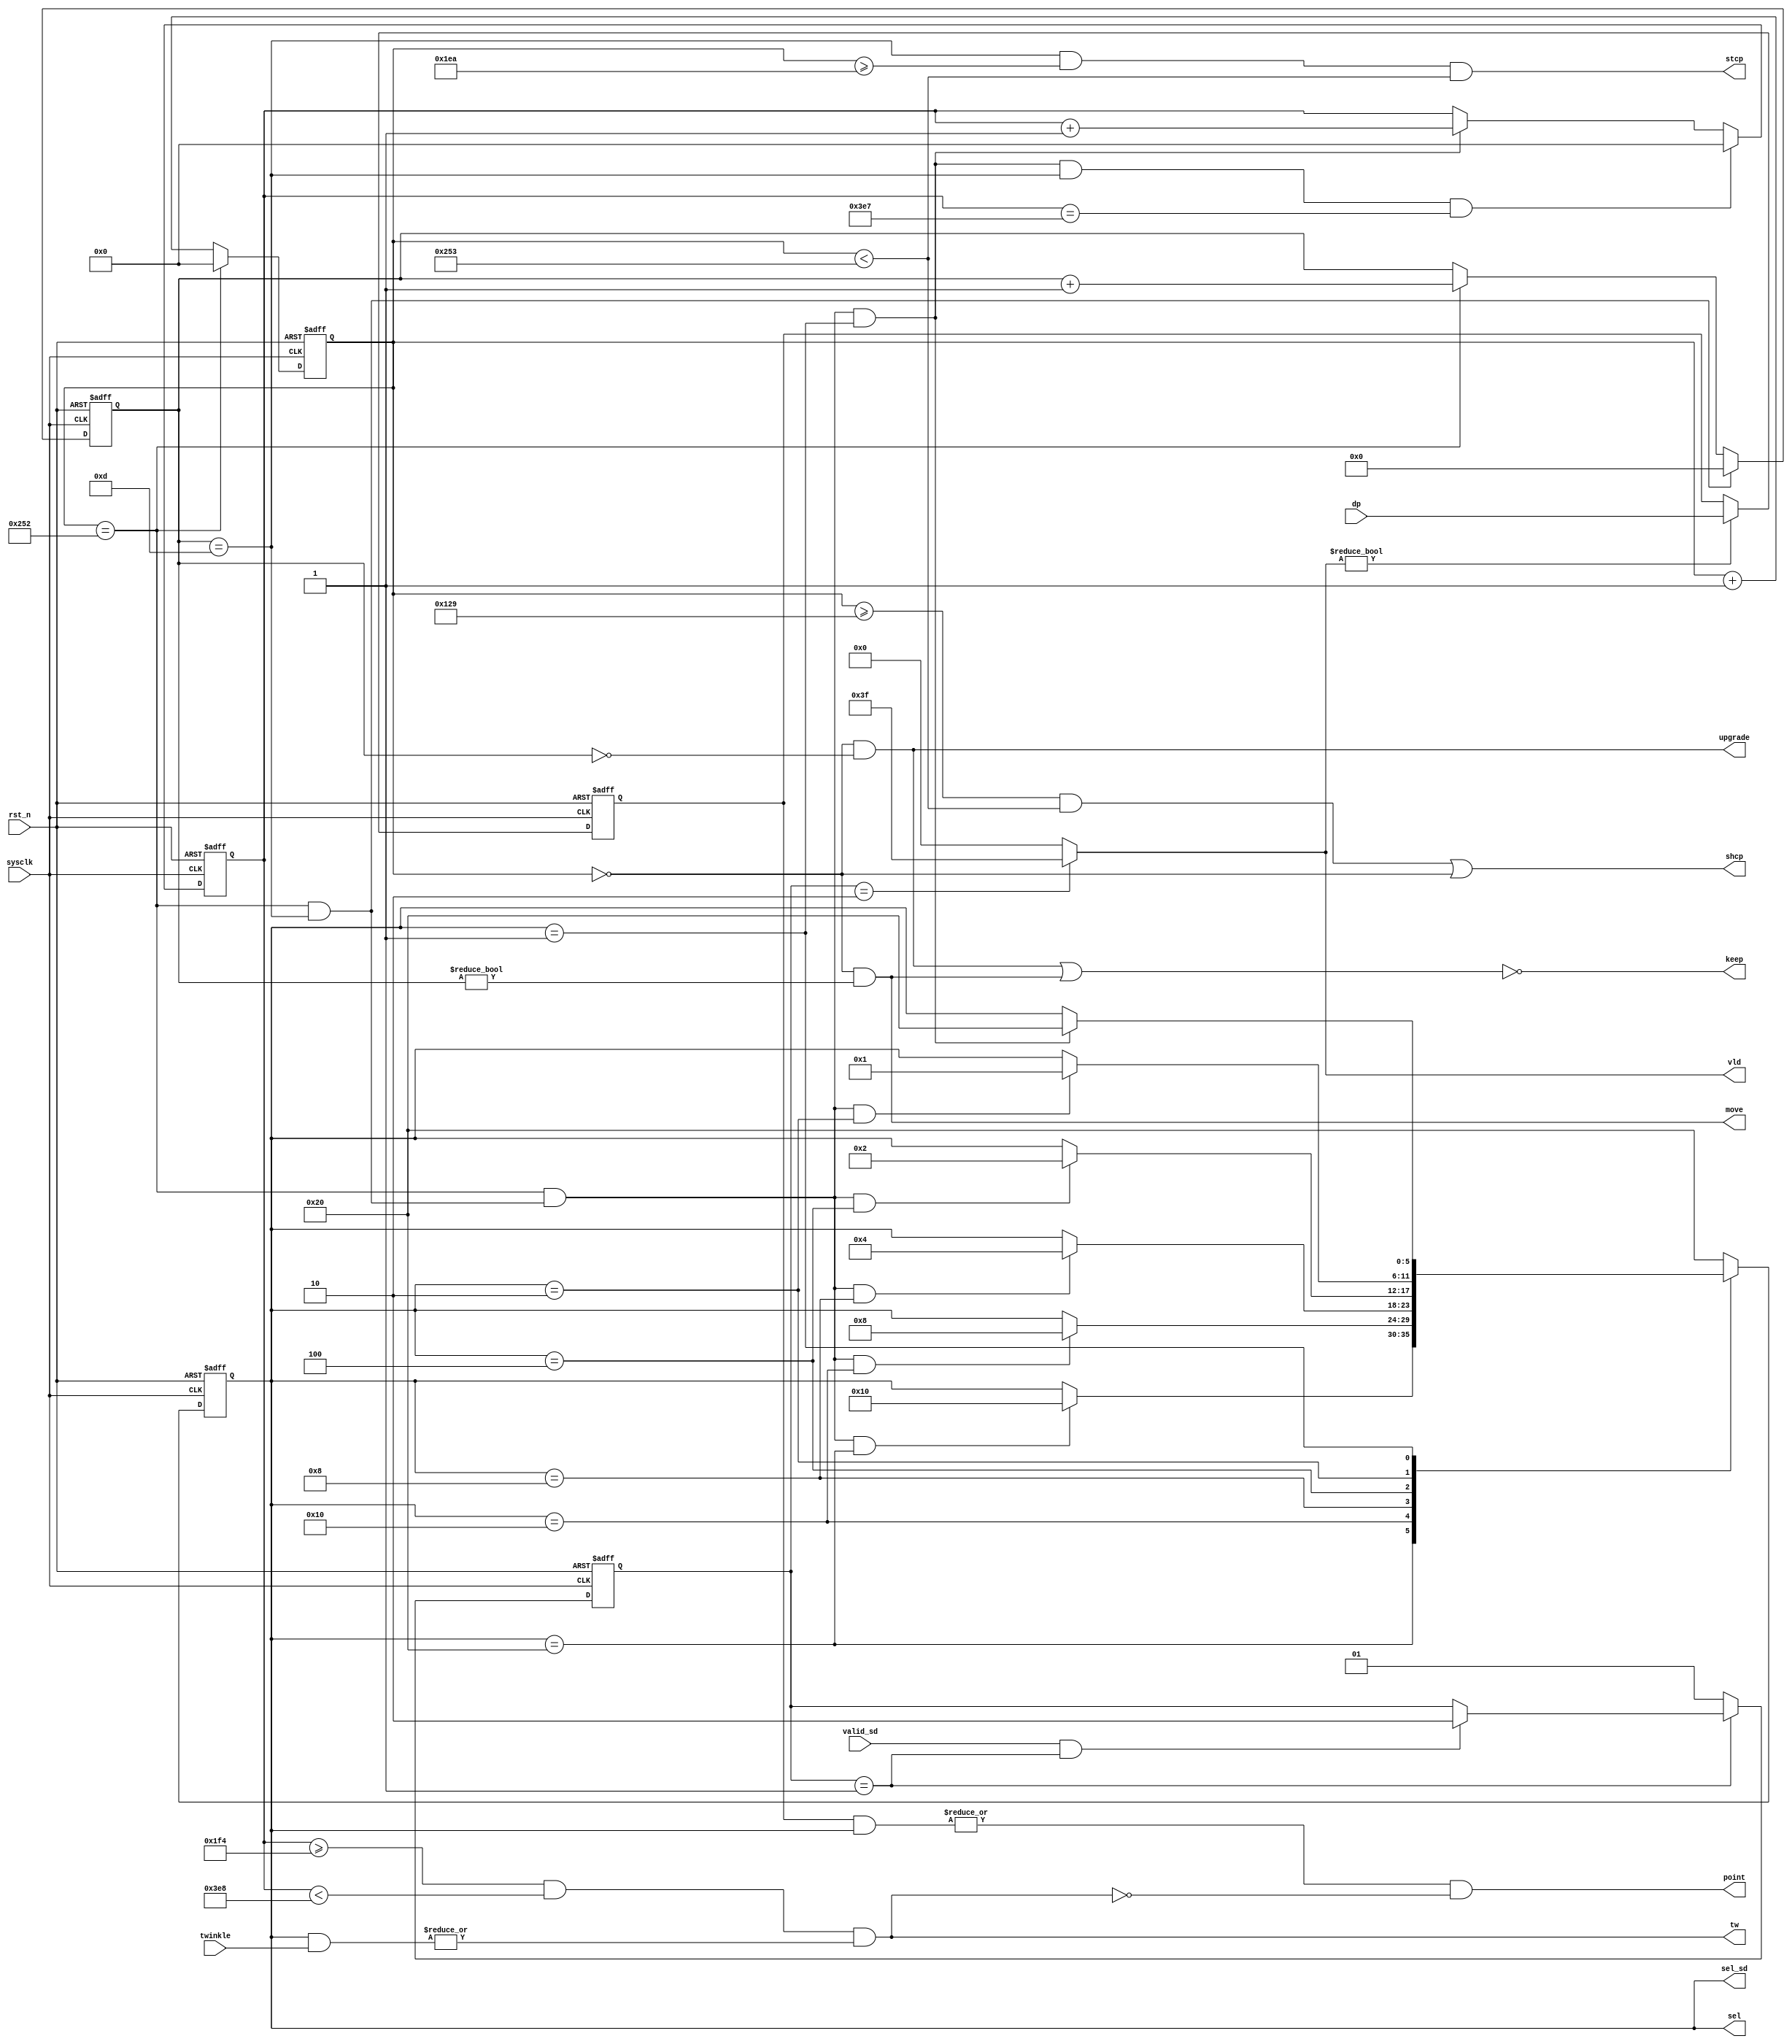
module ctrl_sd_itf(
	input	wire			valid_sd,
	input	wire	[5:0]	twinkle,

	output	wire			stcp,
	output	wire			shcp,
	input	wire	[5:0]	dp,

	output	wire	[5:0]	vld,
	output	wire			point,
	output	wire	[5:0]	sel,
	output	wire			tw,
	output	wire	[5:0]	sel_sd,
	output	wire			upgrade,
	output	wire			move,
	output	wire			keep,

	input	wire			sysclk,
	input	wire			rst_n
);
//-------------------------------------------------------------

	parameter DP6 = 6'b100_000;
	parameter DP5 = 6'b010_000;
	parameter DP4 = 6'b001_000;
	parameter DP3 = 6'b000_100;
	parameter DP2 = 6'b000_010;
	parameter DP1 = 6'b000_001;

	parameter IDLE = 2'b01;
	parameter UPDATA = 2'b10;

	reg		[5:0]	state1;
	reg		[5:0]	next_state1;

	reg		[1:0]	state2;
	reg		[1:0]	next_state2;	

	wire			DP6_to_DP5;
	wire			DP5_to_DP4;
	wire			DP4_to_DP3;
	wire			DP3_to_DP2;
	wire			DP2_to_DP1;
	wire			DP1_to_DP6;

	wire			IDLE_to_UPDATA;
	wire			UPDATA_to_IDLE;

	wire			cnt_595_vld;
	reg		[9:0]	cnt_595;
	wire			cnt_595_end;

	wire			cnt_14_vld;
	reg		[3:0]	cnt_14;
	wire			cnt_14_end;

	wire			cnt_1000_vld;
	reg		[9:0]	cnt_1000;
	wire			cnt_1000_end;
	
	always @ (posedge sysclk or negedge rst_n) begin
		if (~rst_n) begin
			state1 <= DP6;
		end
		else begin
			state1 <= next_state1;
		end
	end

	always @ (*) begin
		case (state1)
			DP6:
				if (DP6_to_DP5) begin
					next_state1 = DP5;
				end
				else begin
					next_state1 = state1;
				end
			DP5:
				if (DP5_to_DP4) begin
					next_state1 = DP4;
				end
				else begin
					next_state1 = state1;
				end
			DP4:
				if (DP4_to_DP3) begin
					next_state1 = DP3;
				end
				else begin
					next_state1 = state1;
				end
			DP3:
				if (DP3_to_DP2) begin
					next_state1 = DP2;
				end
				else begin
					next_state1 = state1;
				end
			DP2:
				if (DP2_to_DP1) begin
					next_state1 = DP1;
				end
				else begin
					next_state1 = state1;
				end
			DP1:
				if (DP1_to_DP6) begin
					next_state1 = DP6;
				end
				else begin
					next_state1 = state1;
				end
			default	: next_state1 = DP6;
		endcase
	end

	assign DP6_to_DP5 = cnt_595_end & (cnt_14_end)& (state1 == DP6);
	assign DP5_to_DP4 = cnt_595_end & (cnt_14_end)& (state1 == DP5);
	assign DP4_to_DP3 = cnt_595_end & (cnt_14_end)& (state1 == DP4);
	assign DP3_to_DP2 = cnt_595_end & (cnt_14_end)& (state1 == DP3);
	assign DP2_to_DP1 = cnt_595_end & (cnt_14_end)& (state1 == DP2);
	assign DP1_to_DP6 = cnt_595_end & (cnt_14_end)& (state1 == DP1); 

//------------------------------------------------

	always @ (posedge sysclk or negedge rst_n) begin
		if (~rst_n) begin
			state2 <= IDLE;
		end
		else begin
			state2 <= next_state2;
		end
	end

	always @ (*) begin
		case (state2)
			IDLE:
				if (IDLE_to_UPDATA) begin
					next_state2 <= UPDATA;
				end
				else begin
					next_state2 <= state2;
				end
			UPDATA:
				if (UPDATA_to_IDLE) begin
					next_state2 <= IDLE;
				end
				else begin
					next_state2 <= state2;
				end
			default:
				next_state2 <= IDLE;
		endcase
	end

	assign IDLE_to_UPDATA = valid_sd & (state2 == IDLE);
	assign UPDATA_to_IDLE = (state2 == UPDATA);

//-------------------------------------------------------

	always @ (posedge sysclk or negedge rst_n) begin
		if (~rst_n) begin
			cnt_595 <= 0;
		end
		else if (cnt_595_end) begin
			cnt_595 <= 0;
		end
		else if (cnt_595_vld) begin
			cnt_595 <= cnt_595 + 1;
		end
	end

	assign cnt_595_vld = 1'b1;
	assign cnt_595_end = (cnt_595 == 595 - 1);

//-------------------------------------------------------

	always @ (posedge sysclk or negedge rst_n) begin
		if (~rst_n) begin
			cnt_14 <= 0;
		end
		else if (cnt_14_end) begin
			cnt_14 <= 0;
		end
		else if (cnt_14_vld)begin
			cnt_14 <= cnt_14 + 1;
		end
	end

	assign cnt_14_vld = cnt_595_end;
	assign cnt_14_end = (cnt_14_vld) & (cnt_14 == 14 - 1);

//-------------------------------------------------------

	always @ (posedge sysclk or negedge rst_n) begin
		if (~rst_n) begin
			cnt_1000 <= 0;
		end
		else if (cnt_1000_end) begin
			cnt_1000 <= 0;
		end
		else if (cnt_1000_vld)begin
			cnt_1000 <= cnt_1000 + 1;
		end
	end

	assign cnt_1000_vld = DP1_to_DP6;
	assign cnt_1000_end = (cnt_1000_vld) & (cnt_14 == 14 - 1) & (cnt_1000 == 1000-1);

//----------------------------------------------------------
// 以上是控制模块的整体架构，即，状态机 -- 计数器
//----------------------------------------------------------

	assign vld = (state2 == UPDATA) ? 6'b111111 : 6'b0;

//----------------------------------------------------------

	assign sel = state1;
	assign sel_sd = sel;
	assign tw = ((cnt_1000 >= 500) & (cnt_1000 < 1000))
				& (|(state1 & twinkle));

//-----------------------------------------------------------

	assign upgrade = (cnt_595 == 1-1) & (cnt_14 ==1-1);
	assign move = (cnt_595 == 1-1) & ( cnt_14 !=1-1);
	assign keep = ~ (upgrade | move);

//-----------------------------------------------------------

	assign shcp = ((cnt_595 >= 298-1) & (cnt_595 < 596-1))
					| (cnt_595 == 0);
	assign stcp = (cnt_14 == 14-1) & (cnt_595 >= 491-1) & (cnt_595 < 596-1);

//----------------------------------------------------------

	reg		[5:0]	reg_dp;

	always @ (posedge sysclk or negedge rst_n) begin
		if (~rst_n) begin
			reg_dp <= 6'b000_000;
		end
		else if (vld) begin
			reg_dp <= dp;
		end
	end

	assign point = |(reg_dp & state1) & (~tw);

//-------------------------------------------------------
endmodule